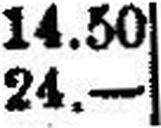
24.—